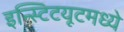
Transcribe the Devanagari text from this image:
इन्स्टिटयूटमध्ये